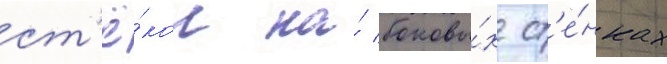
ст'ё́кол на́ боковы́х ст'е́нках